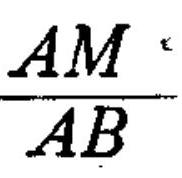
$\frac{AM}{AB}$